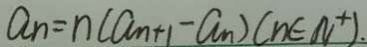
a _ { n } = n ( a _ { n + 1 } - a _ { n } ) ( n \in N ^ { + } ) .